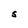
Character: S